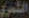
الشمري